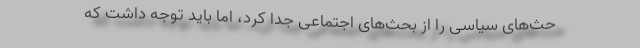
حث‌های سیاسی را از بحث‌های اجتماعی جدا کرد، اما باید توجه داشت که